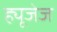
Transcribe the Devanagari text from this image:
ह्यूजेज